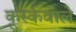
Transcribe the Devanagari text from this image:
कूर्स्कवाले